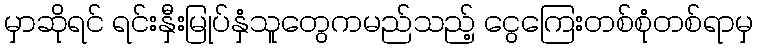
မှာဆိုရင် ရင်းနှီးမြုပ်နှံသူတွေကမည်သည့် ငွေကြေးတစ်စုံတစ်ရာမှ